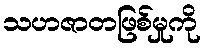
သဟဇာတဖြစ်မှုကို